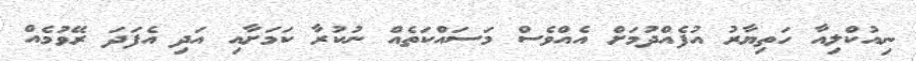
ނިއުކްލިއާ ހަތިޔާރު އުފެއްދުމަށް އެއްވެސް މަސައްކަތެއް ނުކުރާ ކަމަށާއި އަދި އެފަދަ ރޭވުމެއް